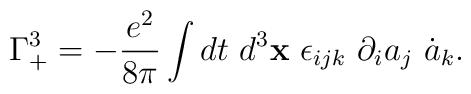
\Gamma_{+}^{3}=-\frac{e^{2}}{8\pi}\int d t ~d^{3}{\bf x}~\epsilon_{ijk} ~\partial_{i} a_{j} ~\dot{a}_{k}.